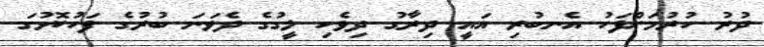
ދުރު ހުރުމަށްފަހު އެނބުރި އައީ ދިރާގު ދިވެހި ލީގުގެ ދެވަނަ ބުރުގެ ފަހުކޮޅުގަ